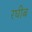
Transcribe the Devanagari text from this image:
रघीब